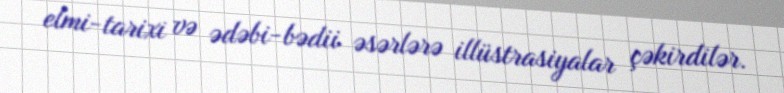
elmi-tarixi və ədəbi-bədii əsərlərə illüstrasiyalar çəkirdilər.